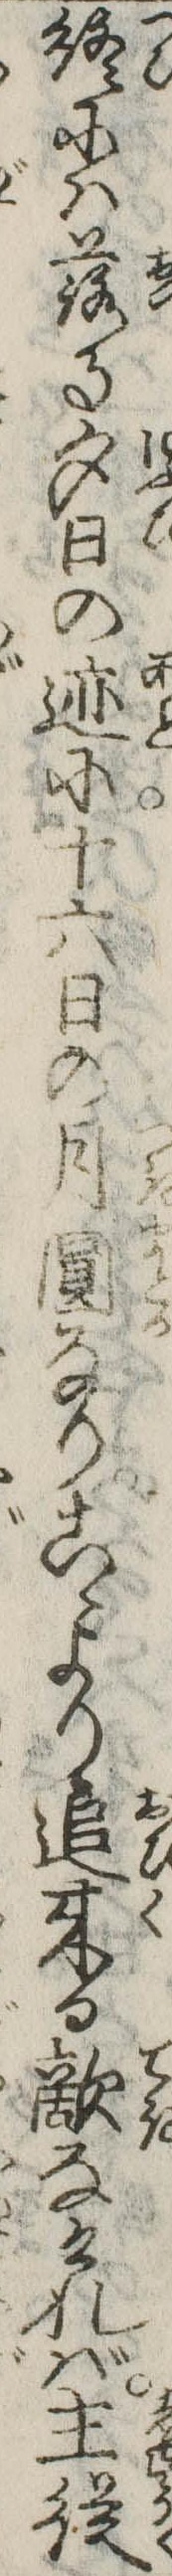
終には落る夕日の跡に十六日の月円なりこゝより追来る敵なければ主従